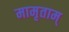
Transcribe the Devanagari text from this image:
मामृताम्‌